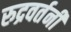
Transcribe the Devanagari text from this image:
रुद्रवर्तनी